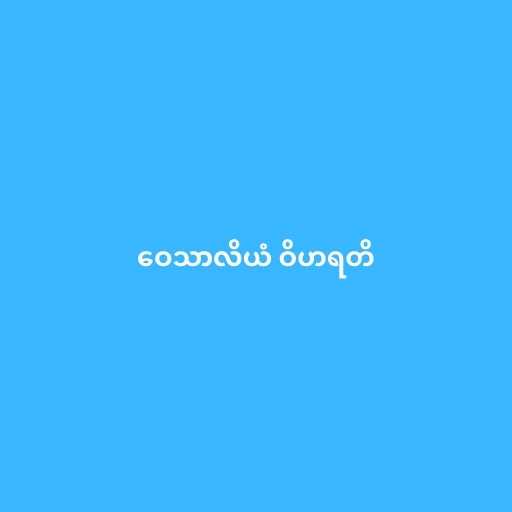
ဝေသာလိယံ ဝိဟရတိ